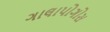
ગાલાપોગોસ